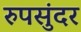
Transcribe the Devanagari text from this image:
रुपसुंदर